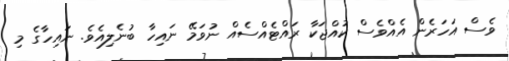
ވެސް އަހަރެން އެއްވެސް ކުއްޖަކާ ރައްޓެއްސެއް ނުވަމޭ ނައިހާ ބުނެލިއެވެ. ނައިހާގެ މި